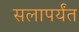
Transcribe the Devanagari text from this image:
सलापर्यंत